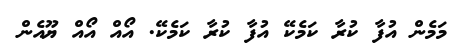
މަމެން އުފާ ކުރާ ކަމެކޭ އުފާ ކުރާ ކަމެކޭ. އޯއް އޯއް ޔޫއެން